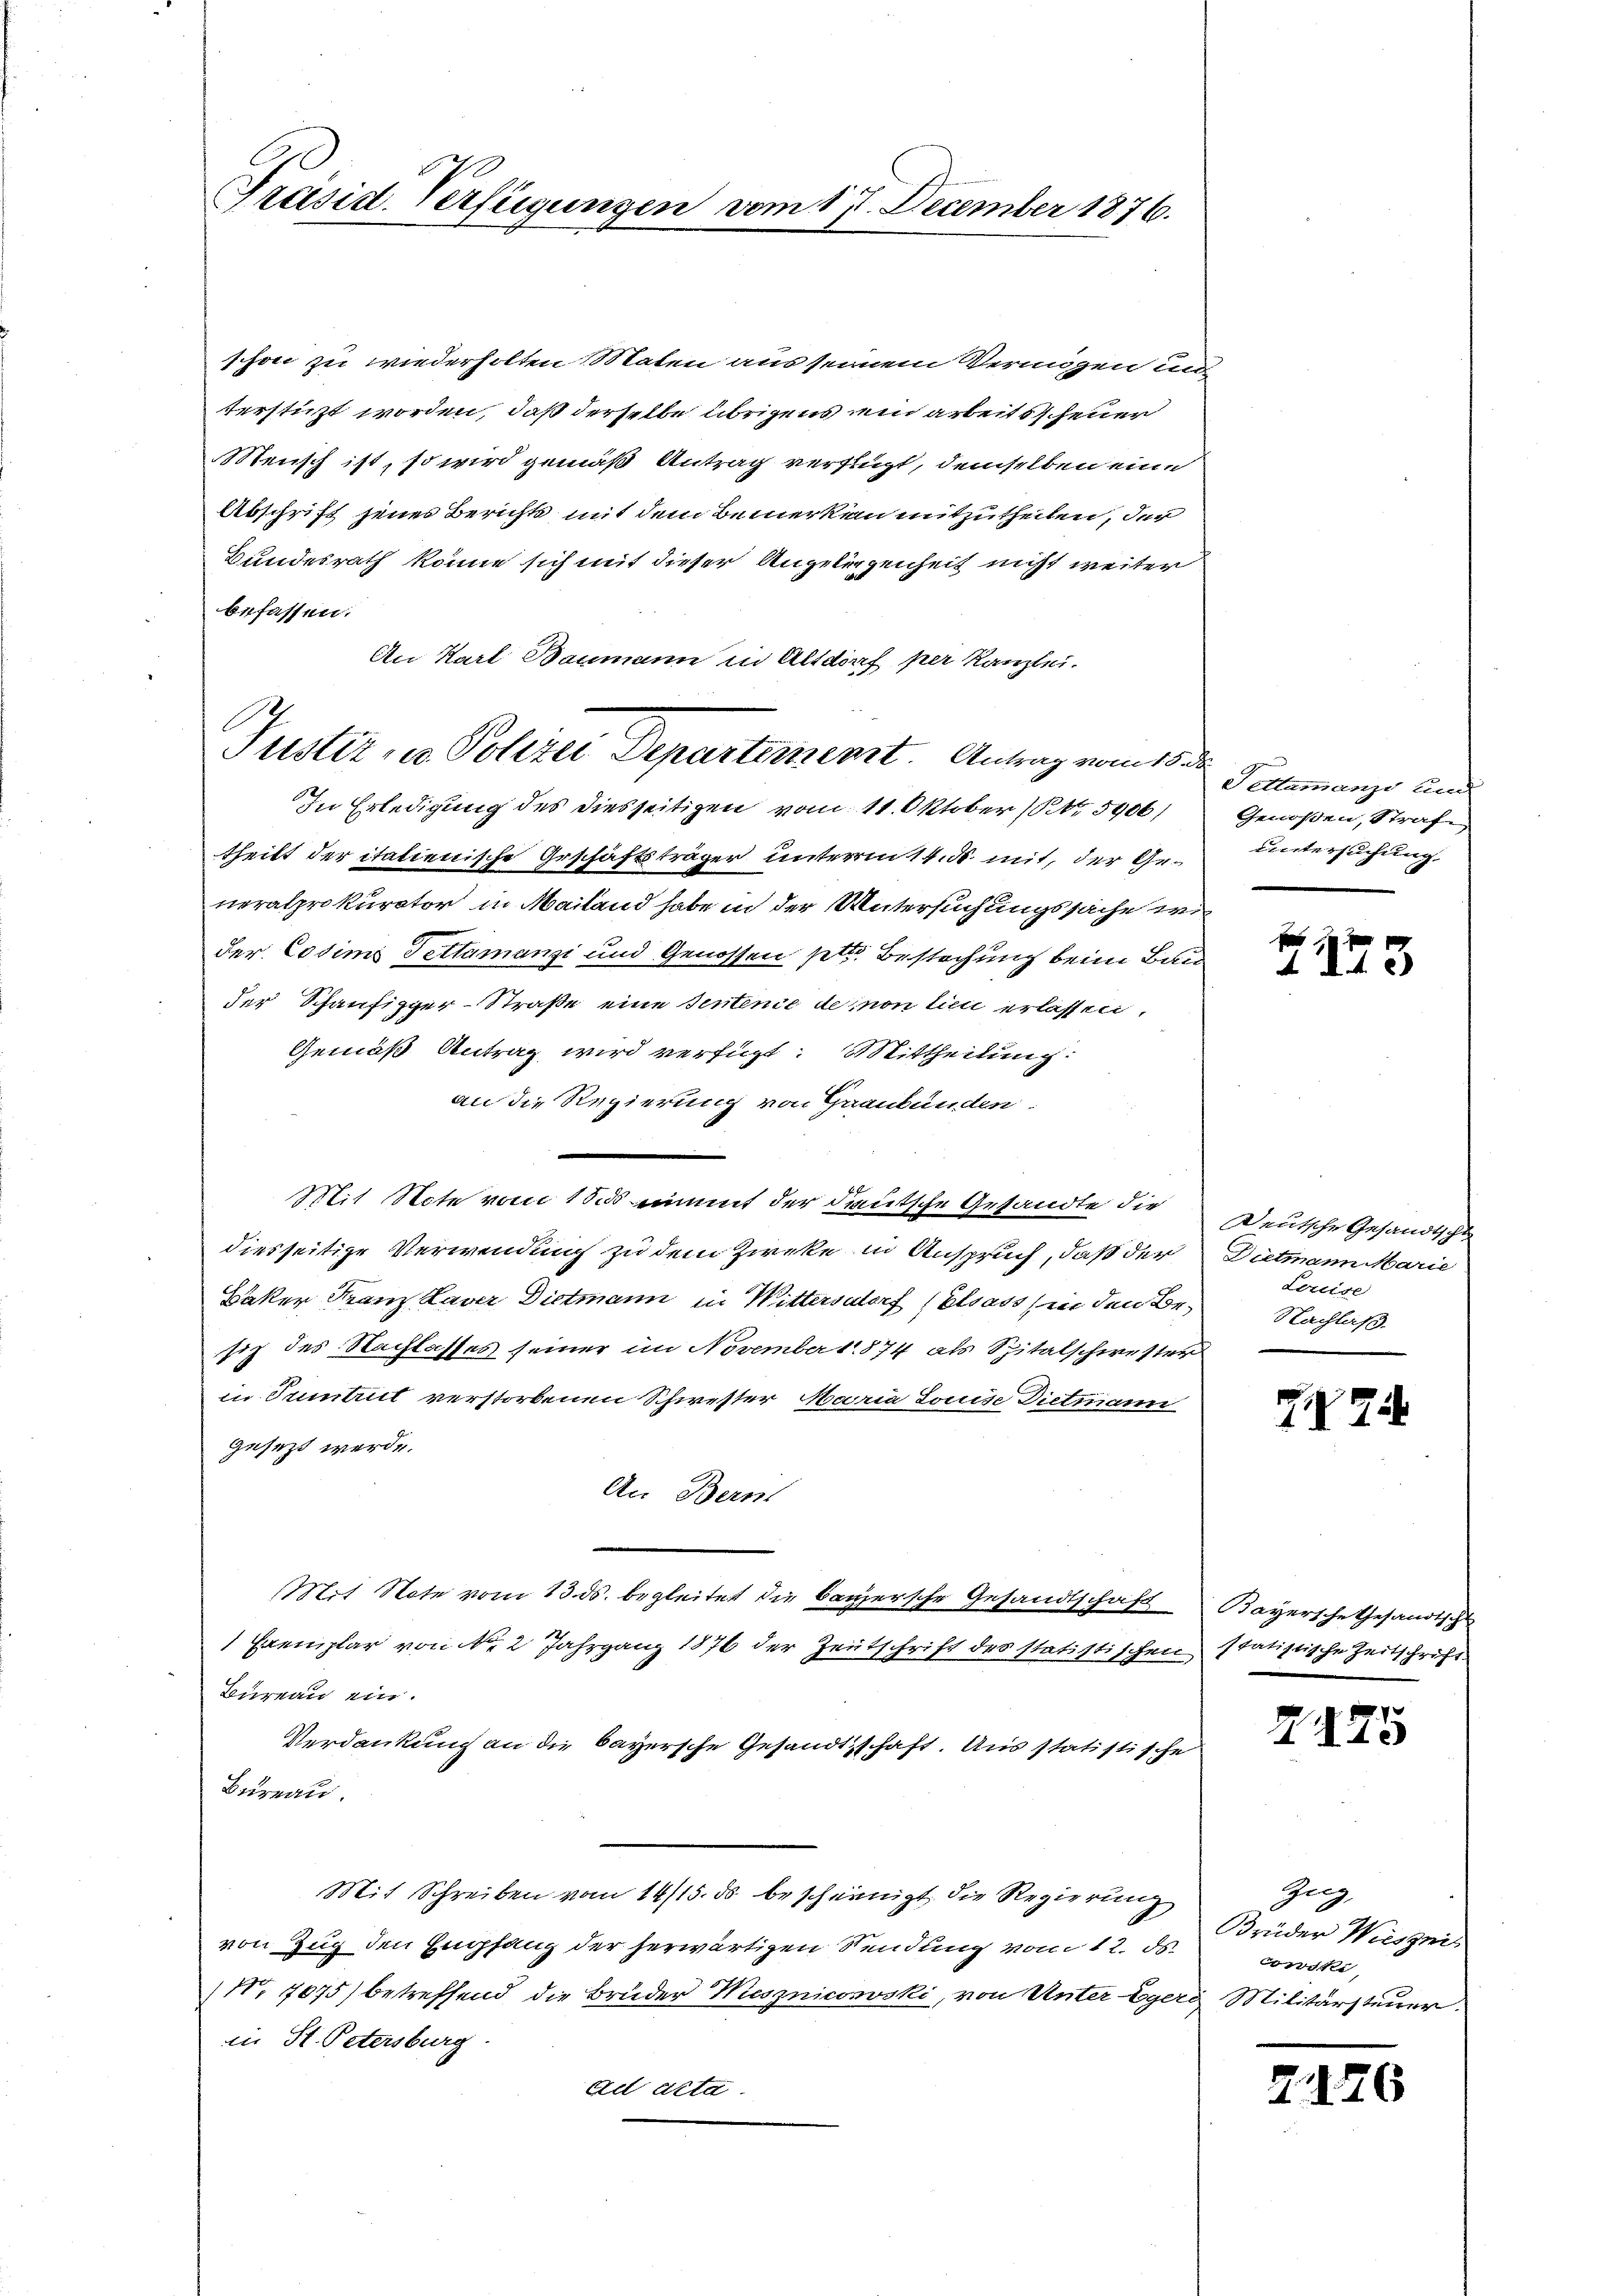
Präsid. Verfügungen vom 17. December 1876.

Justiz, in Polizei Departement. Antrag vom 18 de

schon zu wiederholten Maten aus seinem Vermögen und
terstüzt worden, daß derselbe übrigens ein arbeits Feuer
Mensch ist, so wird gemäß Antrag verflügt, demselben eine
Abschrift jenes Berichts mit dem Bemerken mitzutheilen, der
Bundesrath könne sich mit dieser Angelegenheit nicht weiter
befassen.
An Karl Baumann in Altdorf per Kanzlei.
In Erledigung des diesseitigen vom 11. Oktober (§ 5906/
theilt der italienische Geschäftsträger unterm 14. d. mit, der Generalprokurator in Mailand habe in der Untersuchungssache wi
der Cosims Tettamanzi und Genossen pto Bestechung beim Bau
der Schaufizger-Straße eine sentence de mon lieu erlassen,
Gemäß Antrag wird verfügt: Mittheilung:
an die Regierung von Graubünden
Mit Note vom 1855 nimmt der deutsche Gesandte die
diesseitige Verwendung zu dem Zirke in Anspruch, daß der
Daker Franz Laver Dietmann in Wittersdorf (Elsass in den Besic des Nachlasses seiner im November 1874 als Spitalschwester
in Sumbt verstorbenen Schwester Maria Jouise Dietmann
gesezt werde.
An Bern
Mit Note vom 23. ds. begleitet die bayersche Gesandtschaft
1 Exemplar von No 2 Jahrgang 1876 der Zeutschrift des statistischen statistische Zeitschrift
Bureau ein.
Verdankung an die bayersche Gesandtschaft. Aus statistische
Bureau.
Mit Schreiben vom 14/15. ds bescheinigt, die Regierung
von Zug den Empfang der herwärtigen Sendung vom 12. ds.
Nr. 7075) betreffend die Bruder Wiesznicowski, von Unter Egere Militärsteuer.
in St. Petersburg
ad acta.

Tettamange um
Genoßen, Strafe
untersuchung.

f
1173

Deutsche Gesandtscha
Dietmann Marie
Lereise
Nachlaß.

27

Bayersche Gesandtschl

7175

Zug,
Brüder Weiseis
cowski

2126